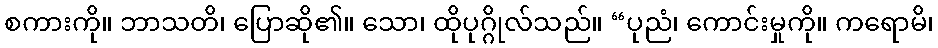
စကားကို။ ဘာသတိ၊ ပြောဆို၏။ သော၊ ထိုပုဂ္ဂိုလ်သည်။ “ပုညံ၊ ကောင်းမှုကို။ ကရောမိ၊